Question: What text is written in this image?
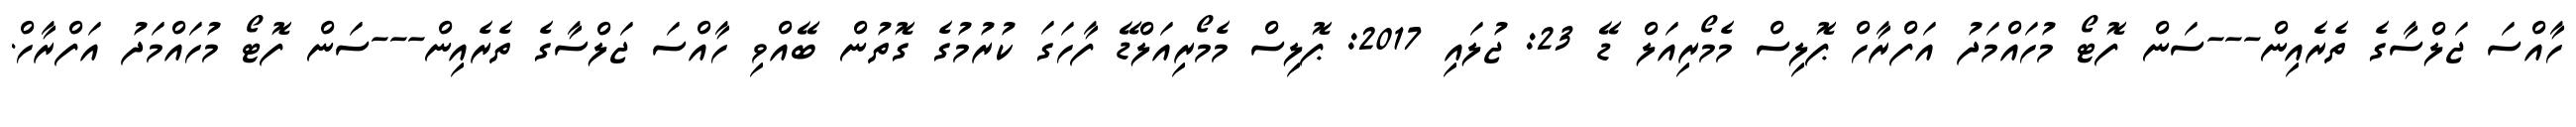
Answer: ހާއްސަ ޖަލްސާގެ ތެރެއިން---ސަން ފޮޓޯ މުހައްމަދު އަފްރާހް ޕޮލިސް މެމޯރިއަލް ޑޭ 23: ޖުލައި 2017: ޕޮލިސް މެމޯރިއަލްޑޭ ފާހަގަ ކުރުމުގެ ގޮތުން ބޭއްވި ހާއްސަ ޖަލްސާގެ ތެރެއިން---ސަން ފޮޓޯ މުހައްމަދު އަފްރާހް.